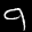
Label: 9